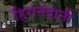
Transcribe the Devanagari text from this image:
हि्रानंदानी